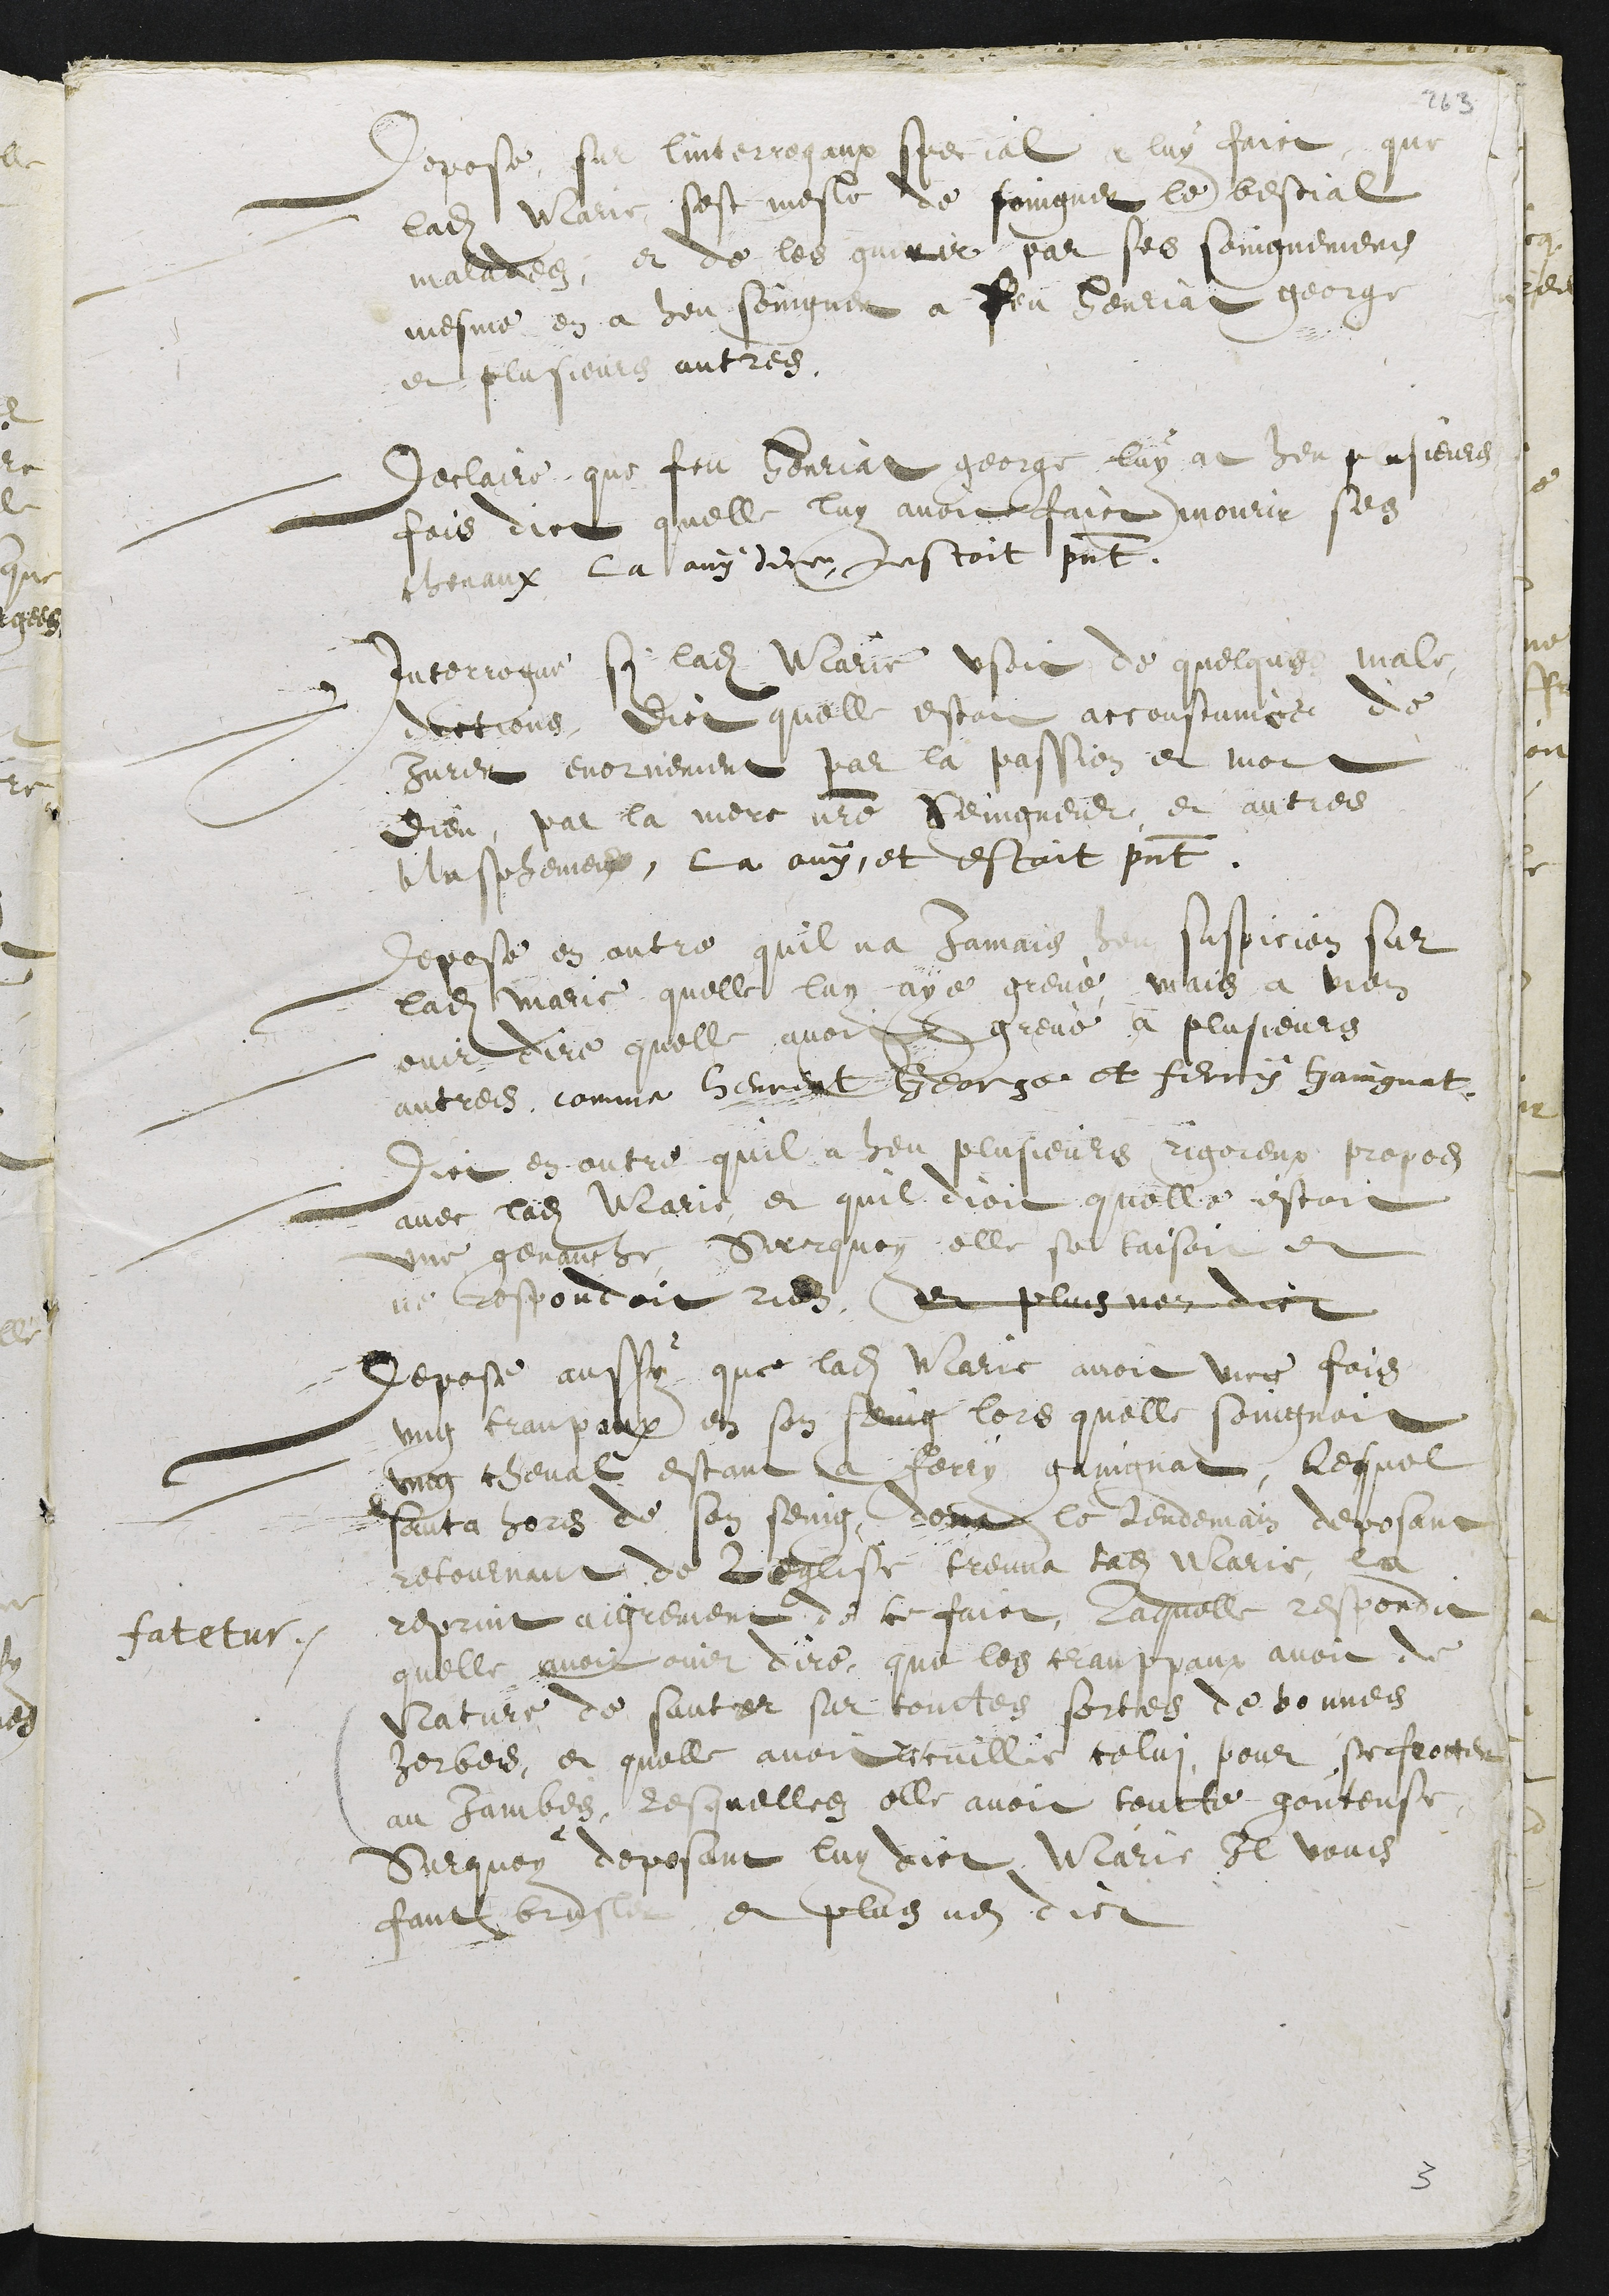
Depose sur linterrogaux special a luy faict que
ladite Marie sest mesle de soingner le bestial
malades, et de les guerir par ses soingnemens
mesme en a heu soingner a feu Henriat george
et plusieurs autres.
Declaire que feu Henriat george luy at heu plusieurs
fois dict quelle luy avoit faict mourir ses
chevaux la ouy dire, nestoit present.
Interrogue si ladite Marie usoit de quelque male-
dictions, dict quelle estoit accoustumee de
jurer enormement par la passion et mort
Dieu, par la mere nostre Seingneur et autres
Blasphemes, la ouy, et estoit present.
Depose en outre quil na Jamais heu suspicion sur
ladite Marie quelle luy aye grevé mais a bien
ouir dire quelle avoit grevé a plusieurs
autres comme Henriat George et ferry Gaingnat.
Dict en outre quil a heu plusieurs rigoreux propos
avec ladite Marie et quil dioit quelle estoit
une genauche surquoy elle se taisoit et
ne respondoit rien, et plus nen dict
Depose aussy que ladite Marie avoit une fois
ung craupaux en son seing lors quelle soingnoit
ung cheval estant a Ferry gaingnat, lequel
sauta hors de son seing, dont le lendemain deposant
retournant de leglise treuva ladite Marie la
reprit aigrement de ce faict, Laquelle respondit
quelle avoit ouir dire, que les crauppaux avoit de
Nature de sauter sur touttes sortes de bonnes
herbes, et quelle avoit recuillie celui, pour se frotter
au jambes, lesquelles elle avoit toutte gouteuse
Surquoy deposant luy dict Marie Il vous
faut brusler, et plus nen dict
fatetur.